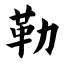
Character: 勒